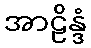
အာဠိန္ဒံ